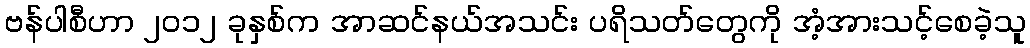
ဗန်ပါစီဟာ ၂၀၁၂ ခုနှစ်က အာဆင်နယ်အသင်း ပရိသတ်တွေကို အံ့အားသင့်စေခဲ့သူ